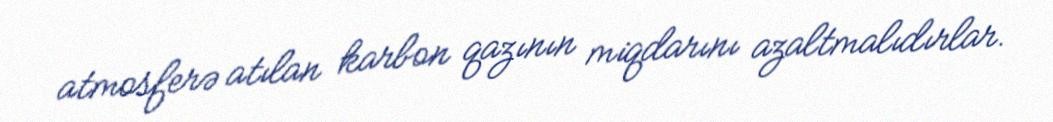
atmosferə atılan karbon qazının miqdarını azaltmalıdırlar.